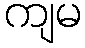
ကျမ